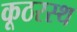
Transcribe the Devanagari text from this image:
कूठरस्थ